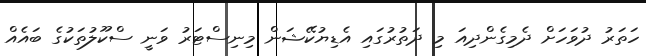
ހަތަރު ދުވަހަށް ދެމިގެންދިއަ މި ދަތުރުގައި އެޑިޔުކޭޝަން މިނިސްޓަރު ވަނީ ސްކޫލުތަކުގެ ބައެއް